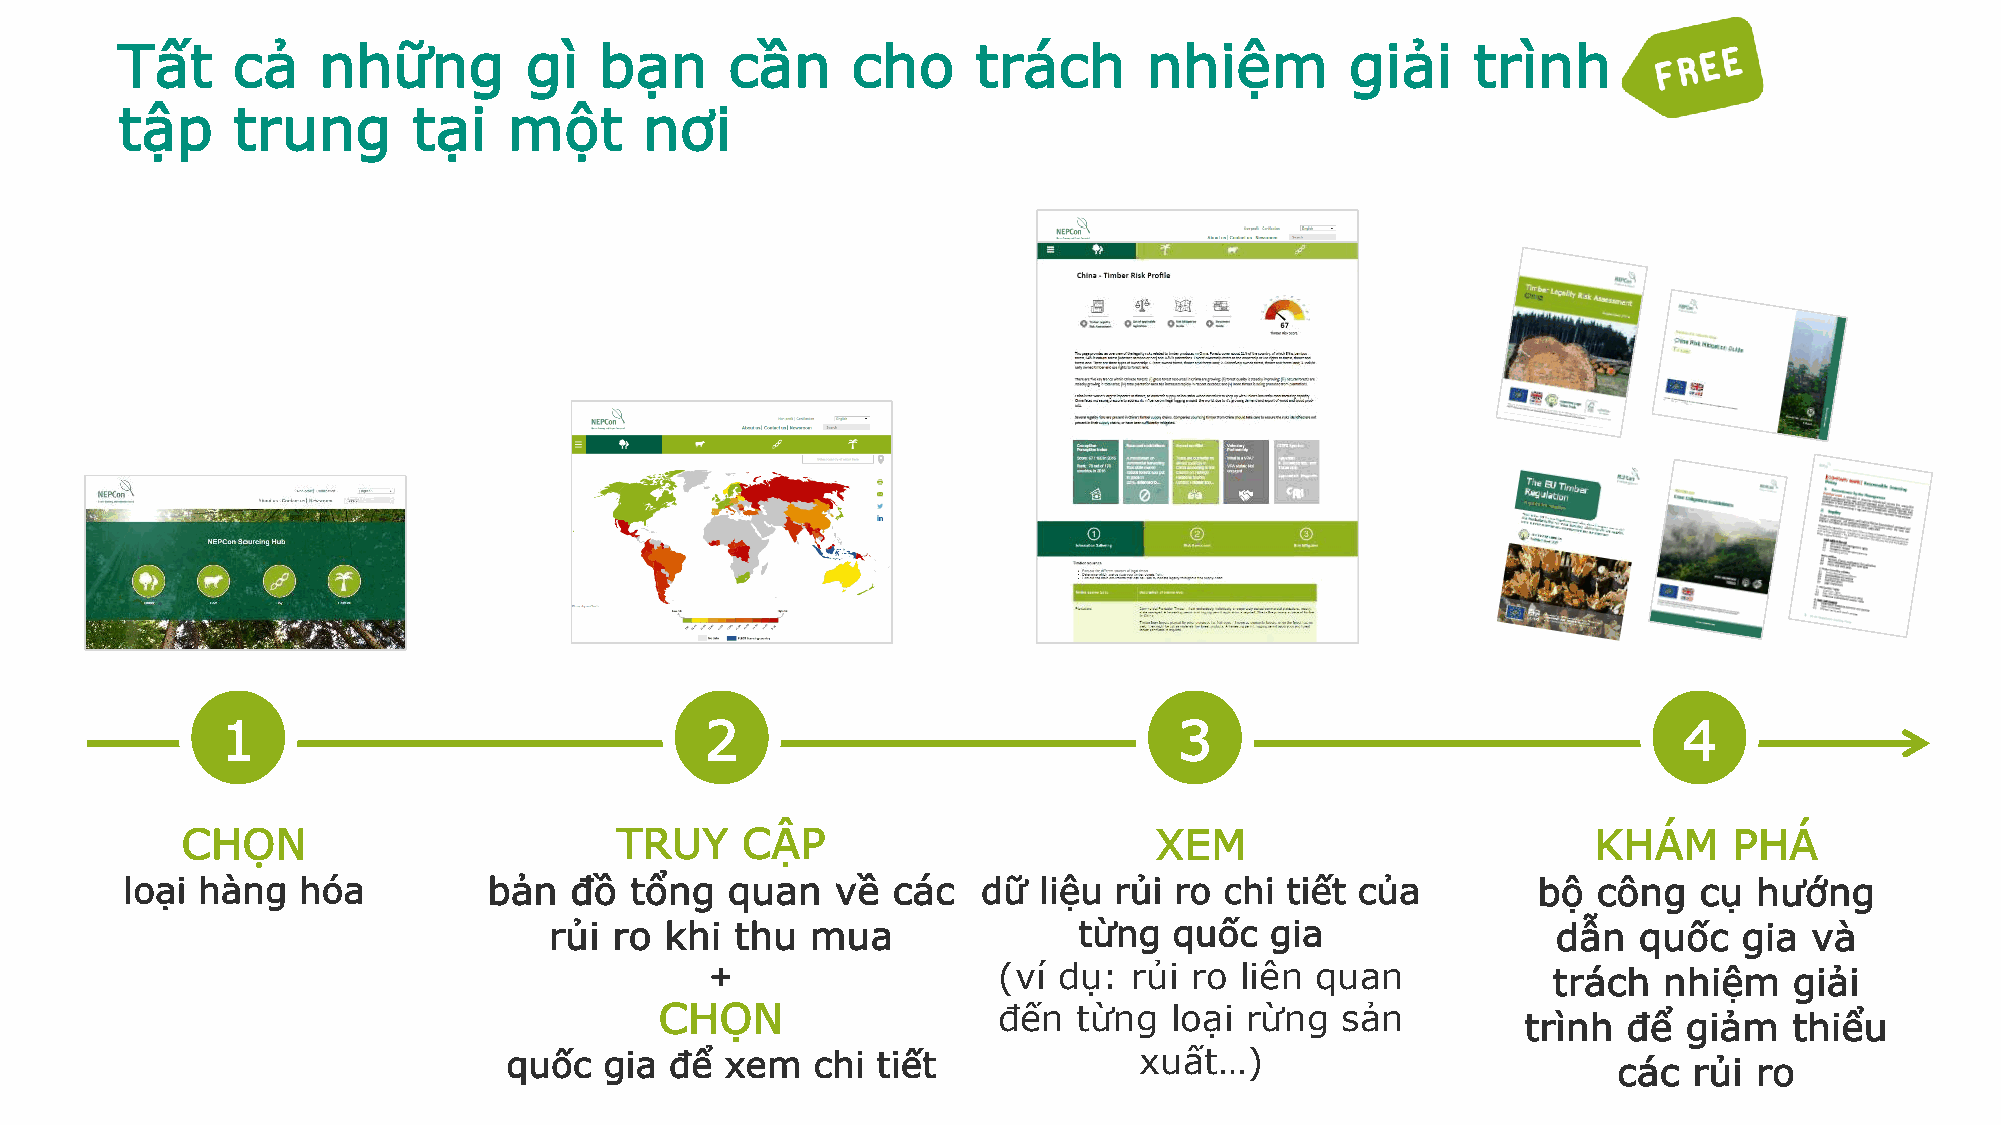
Tất    cả    những         gì   bạn     cần     cho      trách      nhiệm        giải    trình
 tập    trung       tại    một      nơi
 1                               2                              3                                4
 CHỌN                         TRUY    CẬP                        XEM                          KHÁM      PHÁ
 loại hàng   hóa         bản   đồ  tổng  quan   về  các   dữ  liệu rủi ro chi tiết của         bộ  công  cụ  hướng
 rủi  ro khi  thu  mua              từng   quốc  gia                dẫn  quốc   gia  và
 +                  (ví dụ:  rủi ro liên quan            trách  nhiệm    giải
 CHỌN                  đến  từng  loại rừng   sản
 trình  để  giảm   thiểu
 quốc   gia để  xem   chi tiết             xuất…)
 các  rủi ro